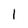
Character: I